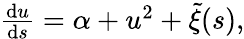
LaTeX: \begin{array}{r}{\frac{\mathrm{d}u}{\mathrm{d}s}=\alpha+u^{2}+\tilde{\xi}(s),}\end{array}